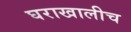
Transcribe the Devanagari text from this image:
घराखालीच